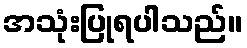
အသုံးပြုရပါသည်။